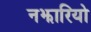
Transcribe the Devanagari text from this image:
नझारियो